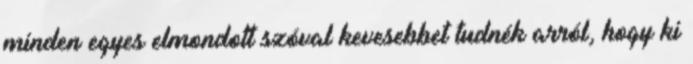
minden egyes elmondott szóval kevesebbet tudnék arról, hogy ki